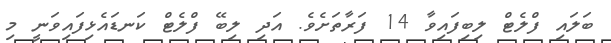
ބަލައި ފްލެޓް ލިބިފައިވާ 14 ފަރާތަށެވެ. އަދި ލިބޭ ފްލެޓް ކަނޑައެޅިފައިވަނީ މި